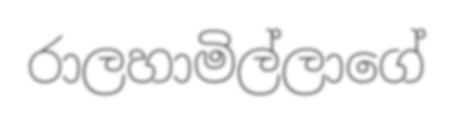
රාලහාමිල්ලාගේ